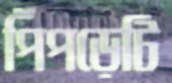
পিঁপড়েটি